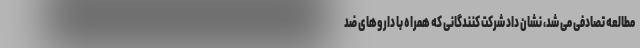
مطالعه تصادفی می شد، نشان داد شرکت کنندگانی که همراه با داروهای ضد